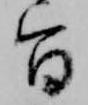
旨